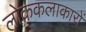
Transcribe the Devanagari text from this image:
लोककलाकारों